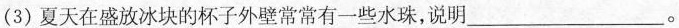
(3)夏天在盛放冰块的杯子外壁常常有一些水珠，说明___。